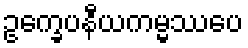
ဥက္ခေပနီယကမ္မဿပေ